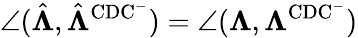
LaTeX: \angle(\hat{\boldsymbol{\Lambda}},\hat{\boldsymbol{\Lambda}}^{\mathrm{CDC^{-}}})=\angle(\boldsymbol{\Lambda},\boldsymbol{\Lambda}^{\mathrm{CDC^{-}}})